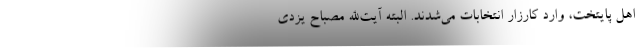
اهل پایتخت، وارد کارزار انتخابات می‌شدند. البته آیت‌الله مصباح یزدی